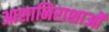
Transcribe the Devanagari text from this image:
आशानिराशाओं